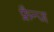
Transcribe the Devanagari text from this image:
फ्रैन्ज